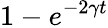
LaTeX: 1-e^{-2\gamma t}